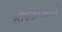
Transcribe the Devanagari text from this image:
सीएडीआई